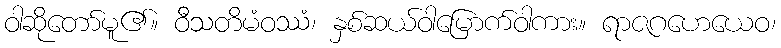
ဝါဆိုတော်မူ၏။ ဝီသတိမံဝဿံ၊ နှစ်ဆယ်ဝါမြောက်ဝါကား။ ရာဇဂဟေယေဝ၊